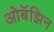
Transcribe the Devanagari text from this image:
ओबॅझिन